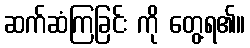
ဆက်ဆံကြခြင်း ကို တွေ့ရ၏။